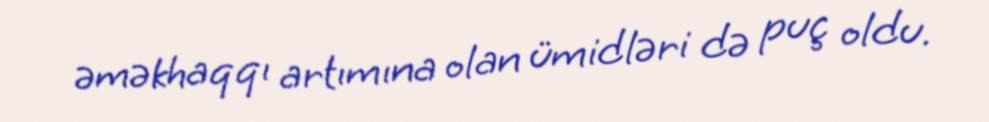
əməkhaqqı artımına olan ümidləri də puç oldu.